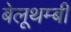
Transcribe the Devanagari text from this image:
बेलूथम्बी